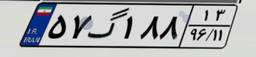
۵۷گ۱۸۸۱۳